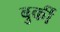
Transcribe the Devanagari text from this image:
बुर्की